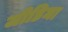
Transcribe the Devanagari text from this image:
जीडिमा